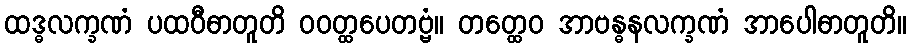
ထဒ္ဓလက္ခဏံ ပထဝီဓာတူတိ ဝဝတ္ထပေတဗ္ဗံ။ တတ္ထေဝ အာဗန္ဓနလက္ခဏံ အာပေါဓာတူတိ။